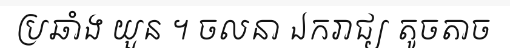
ប្រឆាំង យួន ។ ចលនា ឯករាជ្យ តូចតាច